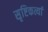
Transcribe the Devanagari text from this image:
सृष्टिकर्त्या